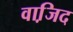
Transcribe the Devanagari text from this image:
वाजि़द